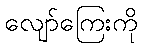
လျော်ကြေးကို